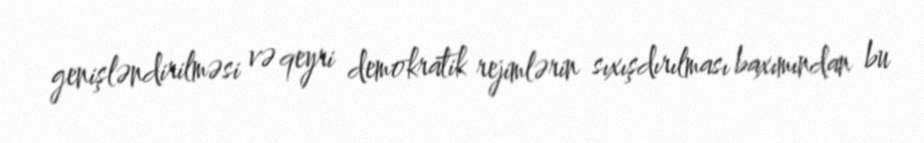
genişləndirilməsi və qeyri demokratik rejimlərin sıxışdırılması baxımından bu